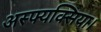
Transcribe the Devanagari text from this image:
अस्फ्यक्सिया।